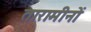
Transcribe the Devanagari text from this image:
तारामीनों